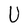
Character: U